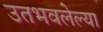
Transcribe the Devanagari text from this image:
उतभवलेल्या